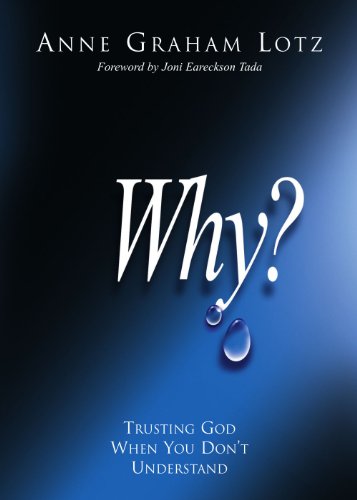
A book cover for Why?: Trusting God When You Don't Understand; Anne Graham Lotz; Christian Books & Bibles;